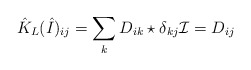
\begin{align*}\hat{K}_L(\hat{I})_{ij}=\sum_k D_{ik}\star\delta_{kj} \mathcal{I}=D_{ij}\end{align*}